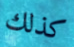
كذلك